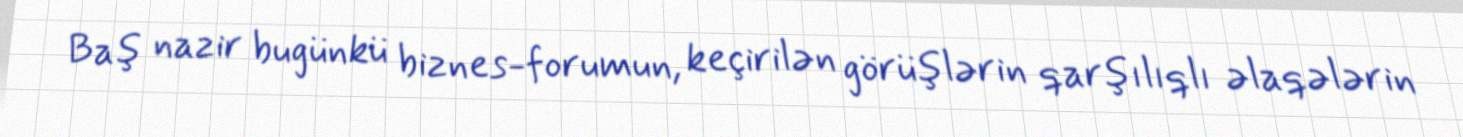
Baş nazir bugünkü biznes-forumun, keçirilən görüşlərin qarşılıqlı əlaqələrin